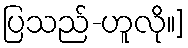
ပြသည်-ဟူလို။]